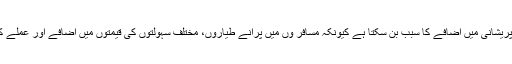
طیارے میں مزید نشستوں کا اضافہ مسافروں کے لیے پریشانی میں اضافے کا سبب بن سکتا ہے کیونکہ مسافر وں میں پرانے طیاروں، مختلف سہولتوں کی قیمتوں میں اضافے اور عملے کے رویے کی وجہ سے پہلے ہی برہمی پائی جاتی ہے۔